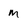
Character: m